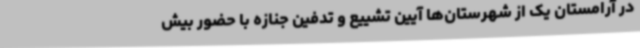
در آرامستان یک از شهرستان‌ها آیین تشییع و تدفین جنازه با حضور بیش